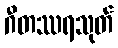
ဂီတဿရသုတ်